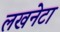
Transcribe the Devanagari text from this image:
लखनेटा